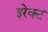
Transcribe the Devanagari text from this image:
इरेक्ट